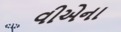
વીએના